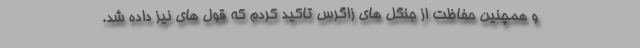
و همچنین حفاظت از جنگل های زاگرس تاکید کردم که قول های نیز داده شد.